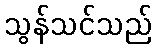
သွန်သင်သည်